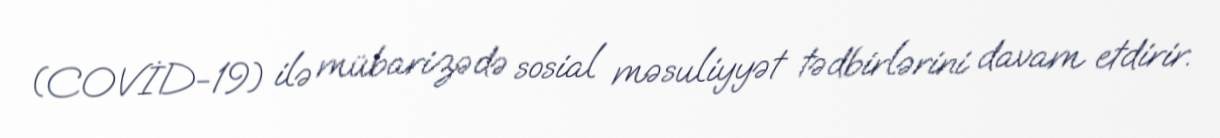
(COVİD-19) ilə mübarizədə sosial məsuliyyət tədbirlərini davam etdirir.